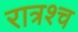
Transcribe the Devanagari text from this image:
रात्रश्च